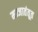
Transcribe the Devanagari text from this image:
मज्जातंतूत